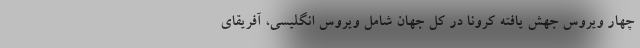
چهار ویروس جهش یافته کرونا در کل جهان شامل ویروس انگلیسی، آفریقای